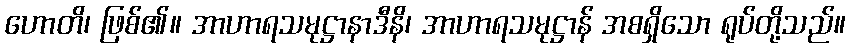
ဟောတိ၊ ဖြစ်၏။ အာဟာရသမုဋ္ဌာနာဒီနိ၊ အာဟာရသမုဋ္ဌာန် အစရှိသော ရုပ်တို့သည်။